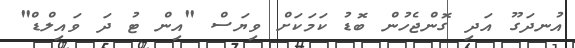
އުނދަގޫ އަދި ގޮންޖެހުން ބޮޑު ކަމަކަށް ވިޔަސް "އިން ޓު ދަ ވައިލްޑް"